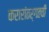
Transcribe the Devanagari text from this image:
करारांतर्गतची